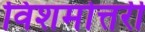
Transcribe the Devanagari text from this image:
विशमोत्तरी